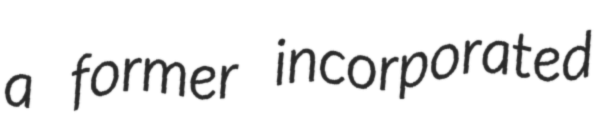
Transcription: a former incorporated